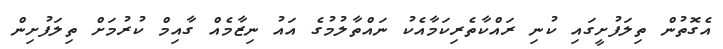
އެގޮތުން ތިލަފުށީގައި ކުނި ރައްކާތެރިކަމާއެކު ނައްތާލުމުގެ އައު ނިޒާމެއް ގާއިމް ކުރުމަށް ތިލަފުށިން